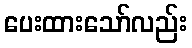
ပေးထားသော်လည်း